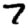
Digit: 7